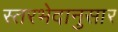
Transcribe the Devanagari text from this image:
स्तरभेदानुसार